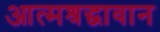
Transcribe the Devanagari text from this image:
आत्मश्रद्धावान